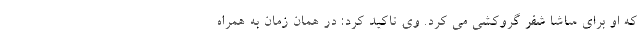
که او برای ساشا شفر گروکشی می کرد. وی تاکید کرد: در همان زمان به همراه